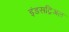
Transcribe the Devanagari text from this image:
इंडसट्रिअल